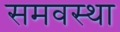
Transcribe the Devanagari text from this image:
समवस्था